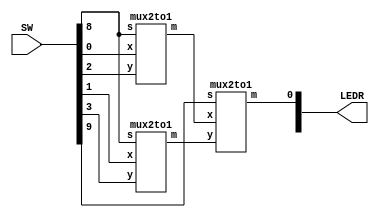
/* Inputs:
	SW[0] = u
	SW[1] = v
	SW[2] = w
	sw[3] = x
	
	Select signals:
	SW[8] = s1
	SW[9] = s2

*/
//LEDR[0] output display

module mux(LEDR, SW);
         input [9:0] SW;
         output [9:0] LEDR;
	 // Connections for the 3 multiplexers 
	 wire wire0;
	 wire wire1;
	 


	//Takes u and w, outputs u if s1 = 0 to wire 1
	mux2to1 u0(
        .x(SW[0]),
        .y(SW[2]),
        .s(SW[8]),
        .m(wire0)
        );

	 
	// Takes v and x, outputs v if s1 = 0 to wire 2
        mux2to1 u1(
        .x(SW[1]),
        .y(SW[3]),
        .s(SW[8]),
        .m(wire1)
        );
	
	/*Takes outputs from first 2 multiplexers and 
	outputs to LEDR[0] according to truth table */
	mux2to1 u2(
	.x(wire0),
	.y(wire1),
	.s(SW[9]),
	.m(LEDR[0])
	);
endmodule

module mux2to1(x, y, s, m);
    input x; //selected when s is 0
    input y; //selected when s is 1
    input s; //select signal
    output m; //output
  
    assign m = s & y | ~s & x;
    // OR
    // assign m = s ? y : x;

endmodule